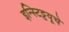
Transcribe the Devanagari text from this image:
इन्स्टिट्टयूचे